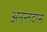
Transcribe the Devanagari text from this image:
अनन्तदास